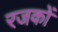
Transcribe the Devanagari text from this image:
रजकों